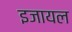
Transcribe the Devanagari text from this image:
इजायल